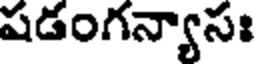
షడంగన్యాసః